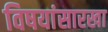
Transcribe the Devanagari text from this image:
विषयांसारखा